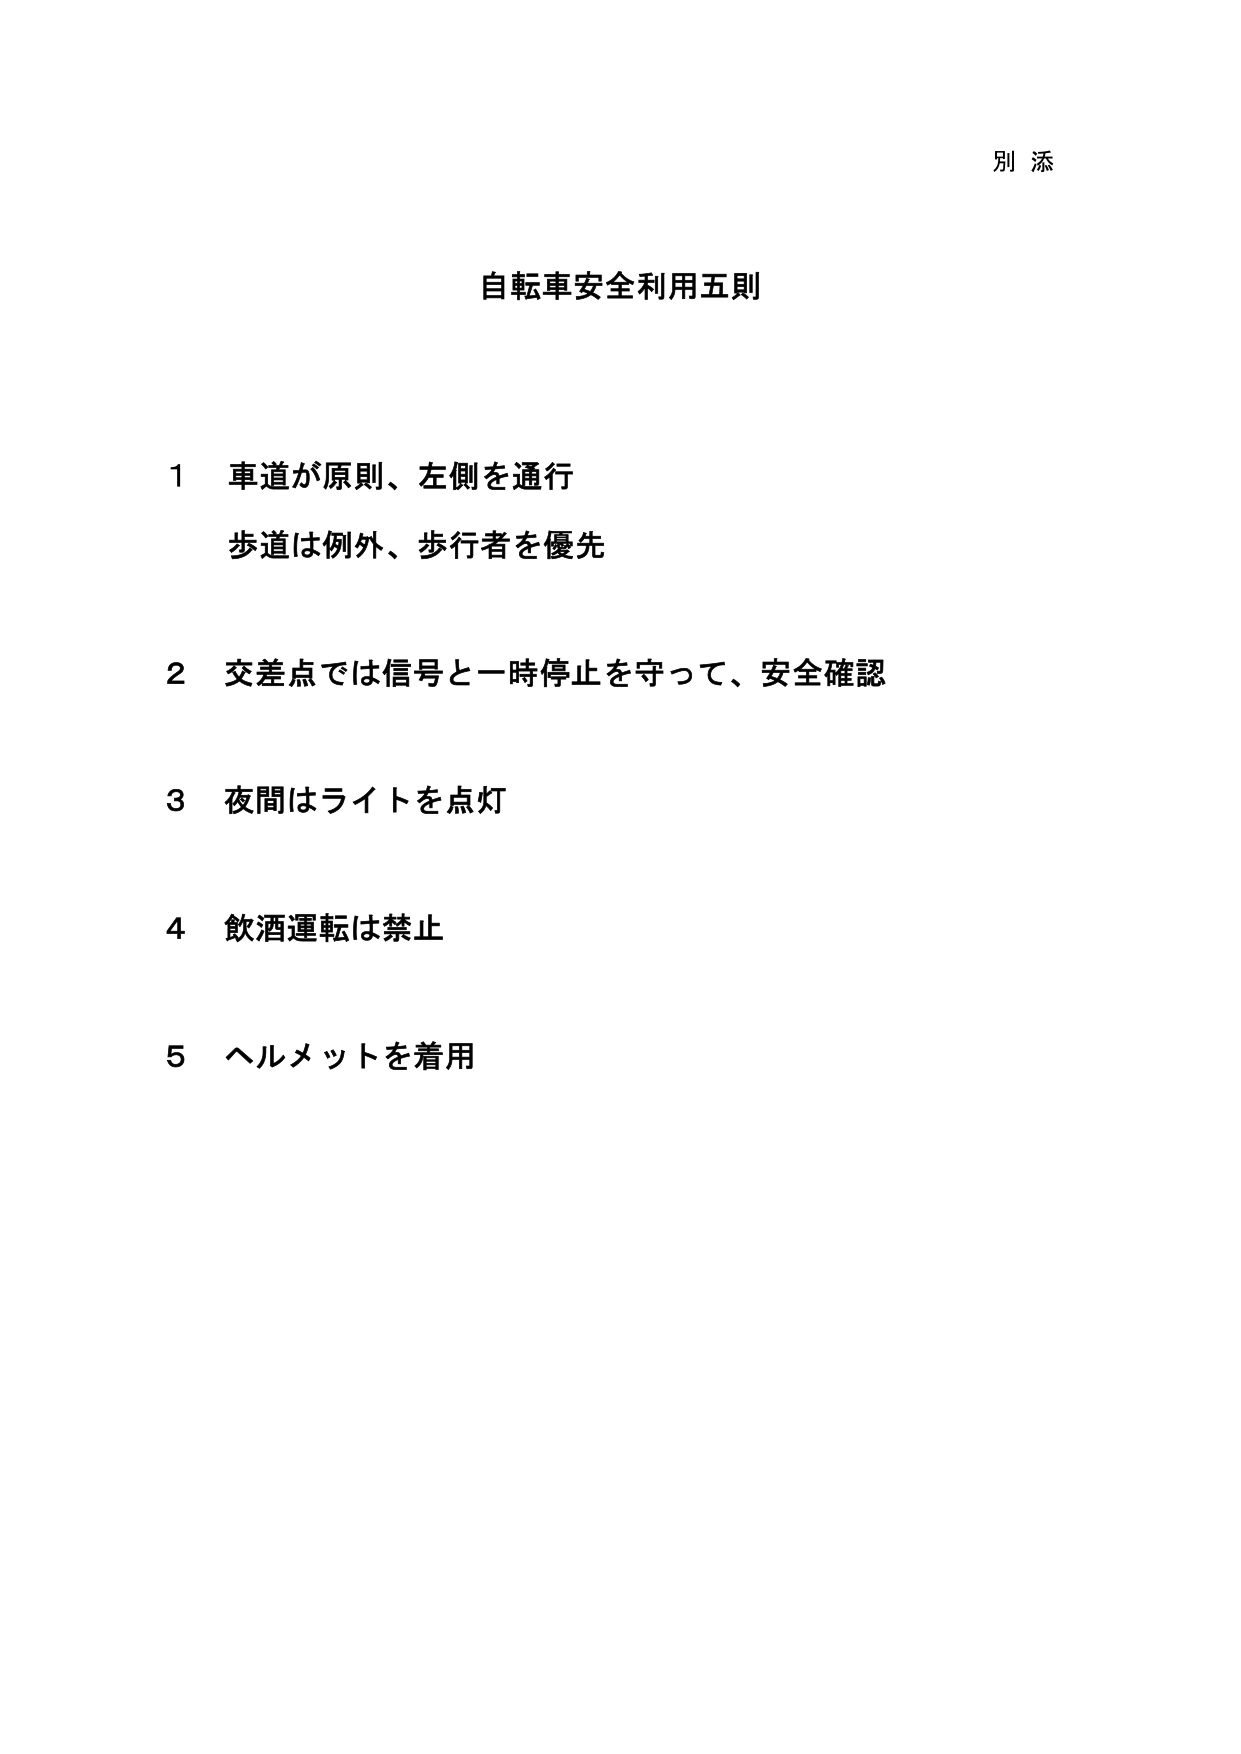
別 添

自転車安全利用五則

1 車道が原則、左側を通行
歩道は例外、歩行者を優先

2 交差点では信号と一時停止を守って、安全確認

3 夜間はライトを点灯

4 飲酒運転は禁止

5 ヘルメットを着用